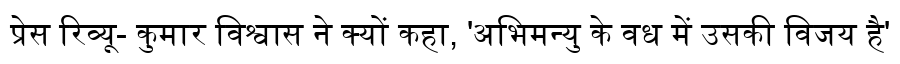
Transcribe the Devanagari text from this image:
प्रेस रिव्यू- कुमार विश्वास ने क्यों कहा, 'अभिमन्यु के वध में उसकी विजय है'